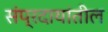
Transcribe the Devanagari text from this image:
संप्रदायांतील